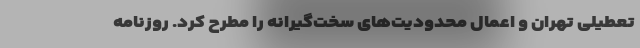
تعطیلی تهران و اعمال محدودیت‌های سخت‌گیرانه را مطرح کرد. روزنامه